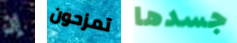
إن تمزحون جسدها